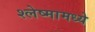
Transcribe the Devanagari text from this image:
श्लेष्मामध्ये